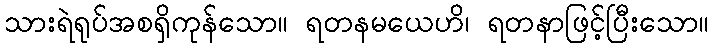
သားရဲရုပ်အစရှိကုန်သော။ ရတနမယေဟိ၊ ရတနာဖြင့်ပြီးသော။